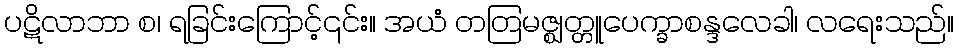
ပဋိလာဘာ စ၊ ရခြင်းကြောင့်၎င်း။ အယံ တတြမဇ္ဈတ္တူပေက္ခာစန္ဒလေခါ၊ လရေးသည်။